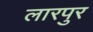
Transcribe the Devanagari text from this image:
लारपुर